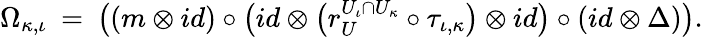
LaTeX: \Omega_{\kappa,\iota}\: =\: \big((m\otimes id)\circ\big(id\otimes\big(r_{U}^{U_{\iota}\cap U_{\kappa}}\circ\tau_{\iota,\kappa}\big)\otimes id\big)\circ(id\otimes\Delta)\big).